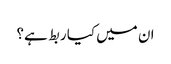
ان میں کیا ربط ہے؟